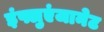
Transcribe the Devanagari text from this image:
इंफ्लुएंजानेट